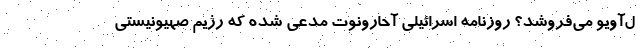
ل‌آویو می‌فروشد؟ روزنامه اسرائیلی آحارونوت مدعی شده که رژیم صهیونیستی